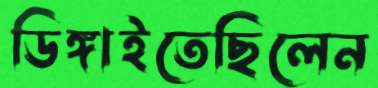
ডিঙ্গাইতেছিলেন